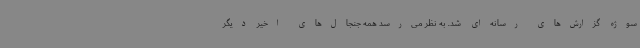
سوژه گزارش‌های رسانه‌ای شد.‌ به نظر می‌رسد همه جنجال‌های اخیر دیگر